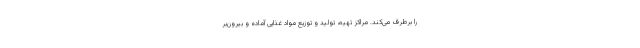
را برطرف می‌کند. مراکز تهیه، تولید و توزیع مواد غذایی آماده و بیرون‌بر